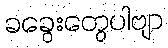
ခခွေးတွေပါဗျာ